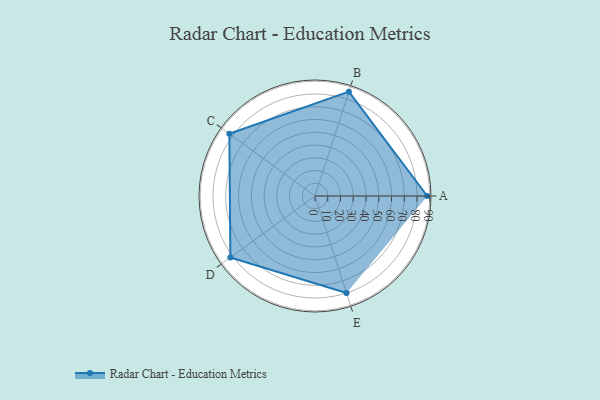
{"axis": {"x": "Skill", "y": "Score"}, "legend": ["Profile"], "data": [{"x": "A", "y": 88.0, "type": "Profile"}, {"x": "B", "y": 86.0, "type": "Profile"}, {"x": "C", "y": 83.0, "type": "Profile"}, {"x": "D", "y": 82.0, "type": "Profile"}, {"x": "E", "y": 80.0, "type": "Profile"}]}